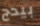
بيدج